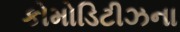
કોમોડિટીઝના